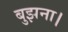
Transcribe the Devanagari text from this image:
बुझना।